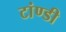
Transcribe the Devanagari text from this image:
टांण्डी